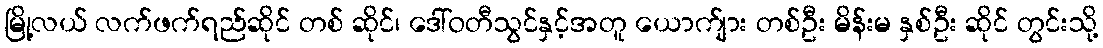
မြို့လယ် လက်ဖက်ရည်ဆိုင် တစ် ဆိုင်၊ ဒေါ်ဝတီသွင်နှင့်အတူ ယောက်ျား တစ်ဦး မိန်းမ နှစ်ဦး ဆိုင် တွင်းသို့